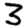
Digit: 3